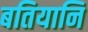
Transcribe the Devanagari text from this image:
बतियानि